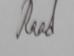
Signature authenticity: genuine